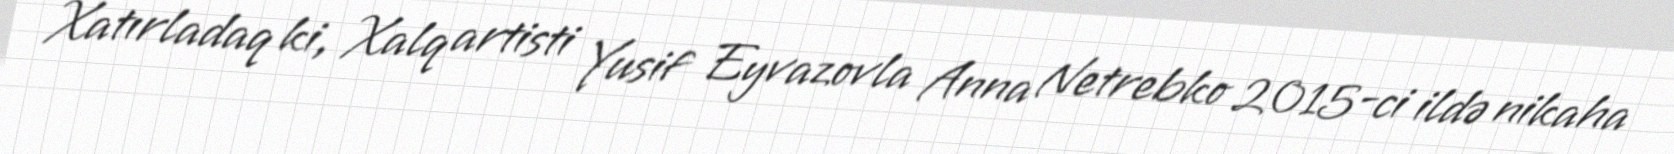
Xatırladaq ki, Xalq artisti Yusif Eyvazovla Anna Netrebko 2015-ci ildə nikaha